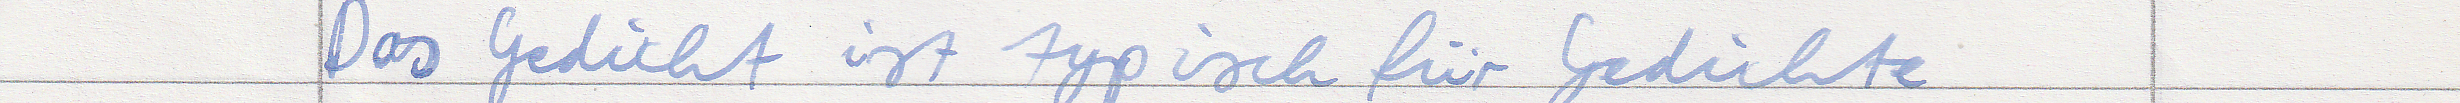
Das Gedicht ist typisch für Gedichte